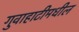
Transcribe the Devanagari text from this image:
गुवाहाटीमधील